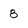
Character: 8